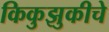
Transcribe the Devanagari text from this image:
किकुझुकीचे